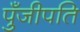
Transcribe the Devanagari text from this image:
पुँजीपति